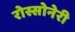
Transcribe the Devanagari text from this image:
रोस्सोनेरी